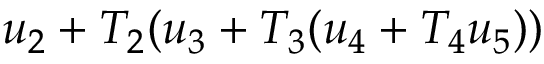
u _ { 2 } + T _ { 2 } ( u _ { 3 } + T _ { 3 } ( u _ { 4 } + T _ { 4 } u _ { 5 } ) )